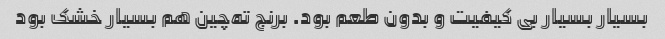
بسیار بسیار بی کیفیت و بدون طعم بود. برنج ته‌چین هم بسیار خشک بود